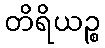
တိရိယဉ္စ